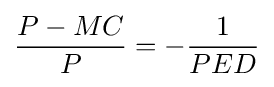
{\frac {P-MC}{P}}=-{\frac {1}{PED}}